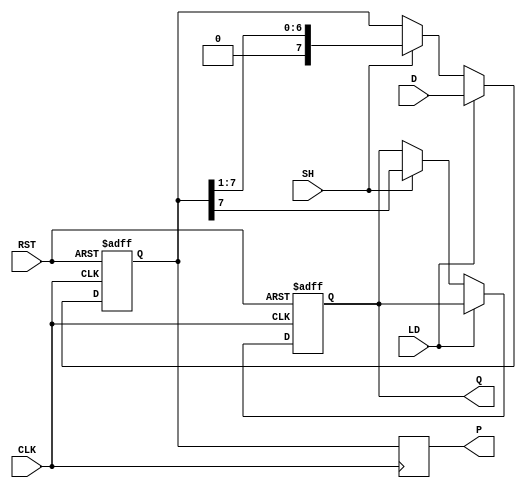
module PISO_Register #(
    parameter n = 8  // Width of the register
)(
    input wire [n-1:0] D,    // Parallel data inputs
    input wire LD,           // Load signal
    input wire SH,           // Shift signal
    input wire CLK,          // Clock signal
    input wire RST,          // Reset signal
    output reg Q,            // Serial output
    output reg [n-1:0] P     // Parallel output (optional)
);

    reg [n-1:0] register;    // Internal register to hold data

    always @(posedge CLK or posedge RST) begin
        if (RST) begin
            // Asynchronous reset
            register <= {n{1'b0}};  // Clear the register to 0
            Q <= 1'b0;              // Clear the serial output
        end
        else begin
            if (LD) begin
                // Load operation
                register <= D;      // Load parallel data into the register
            end
            else if (SH) begin
                // Shift operation
                Q <= register[n-1]; // Output the MSB to serial output Q
                register <= {1'b0, register[n-1:1]}; // Shift right and fill with 0
            end
        end
    end

    always @(posedge CLK) begin
        P <= register;             // Output the current register content (optional)
    end

endmodule